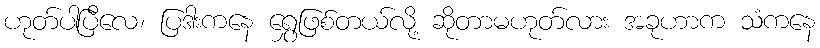
ဟုတ်ပါပြီလေ၊ ပြဒါးကနေ ရွှေဖြစ်တယ်လို့ ဆိုတာမဟုတ်လား အခုဟာက သံကနေ